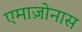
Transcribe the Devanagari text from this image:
एमाज़ोनास